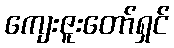
ကျေးဇူးတော်ရှင်